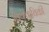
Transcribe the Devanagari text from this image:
विक्कविकी